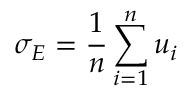
\sigma _ { E } = \frac { 1 } { n } \sum _ { i = 1 } ^ { n } u _ { i }